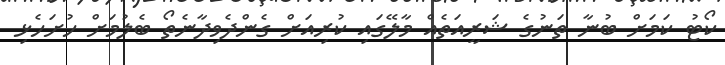
ކޯޓު ކަމަށް ބުނާ ތަނުގެ ޝަރީއަތެއް މާލޭގައި ކުރިއަށް ގެންދެވިދާނެތޯ ބެލުމަށް ހުށަހެޅި